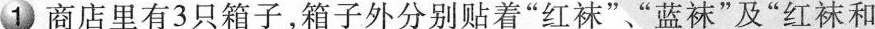
①商店里有3只箱子，箱子外分别贴着”红袜””蓝袜”及”红袜和